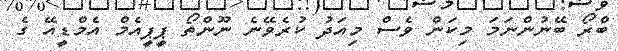
ބްރޯ ބޭނުންނަމަ މިކަން ވެސް މިއަދު ކުރެވޭނެ ނޫންތޯ ޕީޕީއެމް އެމްޑީއޭ ގެ